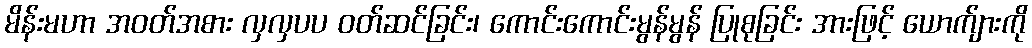
မိန်းမဟာ အဝတ်အစား လှလှပပ ဝတ်ဆင်ခြင်း၊ ကောင်းကောင်းမွန်မွန် ပြုစုခြင်း အားဖြင့် ယောက်ျားကို